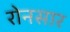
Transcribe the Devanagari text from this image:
रोनसार